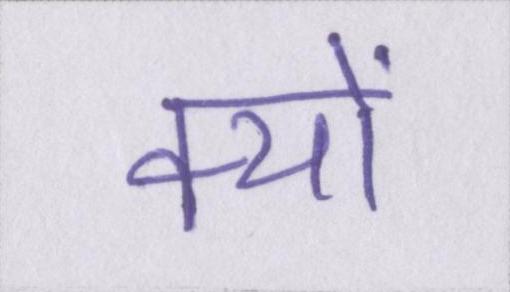
क्यों